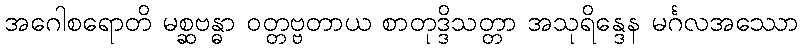
အဂေါစရောတိ မစ္ဆဗန္ဓာ ဝတ္တဗ္ဗတာယ စာတုဒ္ဒိသတ္တာ အသုရိန္ဒေန မင်္ဂလအဿော